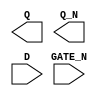
module sky130_fd_sc_ms__dlxbn (
    Q     ,
    Q_N   ,
    D     ,
    GATE_N
);

    output Q     ;
    output Q_N   ;
    input  D     ;
    input  GATE_N;

    // Voltage supply signals
    supply1 VPWR;
    supply0 VGND;
    supply1 VPB ;
    supply0 VNB ;

endmodule